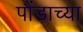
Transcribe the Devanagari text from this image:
पौंडाच्या